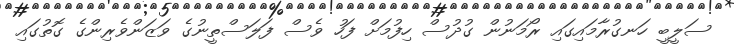
ސަލީބީ ހަނގުރާމައިގައި ރޯމަނުން ގުދުސް ހިފުމަށް ފަހު ވެސް ފަލަސްތީނުގެ ވަޒަންވެރިންގެ ގޮތުގައި